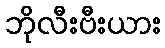
ဘိုလီးဗီးယား